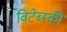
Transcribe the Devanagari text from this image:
विटेब्स्की